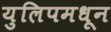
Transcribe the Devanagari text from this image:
युलिपमधून